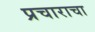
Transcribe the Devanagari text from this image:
प्रचाराचा